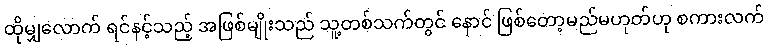
ထိုမျှလောက် ရင်နင့်သည့် အဖြစ်မျိုးသည် သူ့တစ်သက်တွင် နောင် ဖြစ်တော့မည်မဟုတ်ဟု စကားလက်